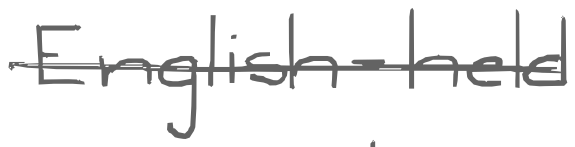
Text: English-held
Cross-out: single-line
Writing tool: digital_gray